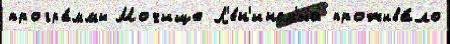
програ́ммы Мочище Л'е́н'инск'ий прожива́ло